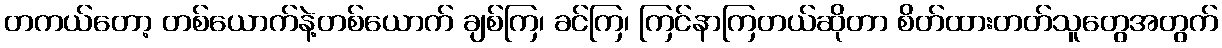
တကယ်တော့ တစ်ယောက်နဲ့တစ်ယောက် ချစ်ကြ၊ ခင်ကြ၊ ကြင်နာကြတယ်ဆိုတာ စိတ်ထားတတ်သူတွေအတွက်